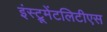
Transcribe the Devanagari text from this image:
इंस्ट्रूमेंटलिटीएस